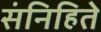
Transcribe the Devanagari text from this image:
संनिहिते